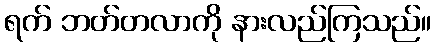
ရက် ဘတ်တလာကို နားလည်ကြသည်။